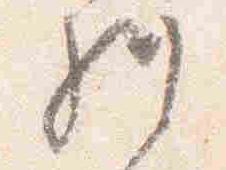
経